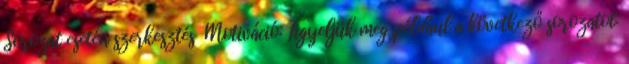
Sorozat esetén szerkesztés Motiváció: Figyeljük meg például a következő sorozatot: